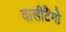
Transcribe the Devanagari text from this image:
वालीटैंगो